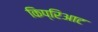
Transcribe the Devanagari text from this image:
किप्रिआट